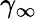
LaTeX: \gamma_{\infty}